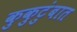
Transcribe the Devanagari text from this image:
कुकुटुंबात